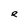
Character: e